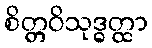
စိတ္တဝိသုဒ္ဓတ္ထာ